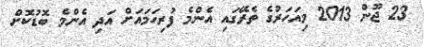
23 ޖޫން 2013 މިއަހަރުގެ ތެރޭގައި އެންމެ ފުރިހަމައަށް އަދި އެންމެ ބޮޑުކޮށް